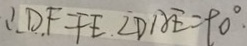
\therefore D F = F E . \angle D A E = 9 0 ^ { \circ } .